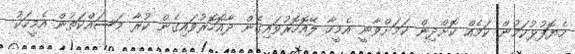
ހެޔޮފުޅުކަމުން ކަމެއް ކޮށްދިން ކަމަށްވާނީ އެމީހާ ލޭއޮހޮރުވައިގެން ދާއޮހޮރުވައިގެން ކުރާ މަސައްކަތުން އެމީހަކު